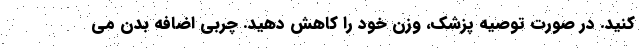
کنید. در صورت توصیه پزشک، وزن خود را کاهش دهید. چربی اضافه بدن می